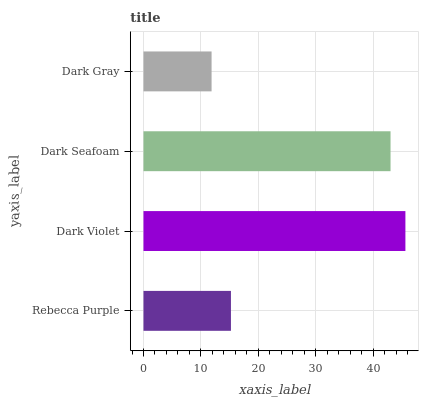
| yaxis_label | bars |
 | --- | --- |
 | Rebecca Purple | 15.2 |
 | Dark Violet | 45.6 |
 | Dark Seafoam | 43 |
 | Dark Gray | 11.9 |